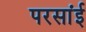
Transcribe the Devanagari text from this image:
परसांई